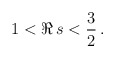
\begin{align*} 1<\Re\, s<\frac{3}{2}\,.\end{align*}